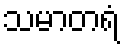
သမာတရံ